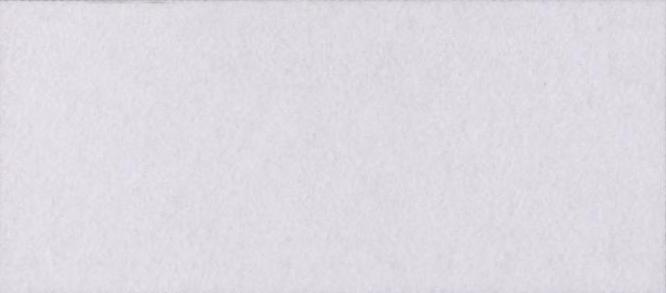
बनती